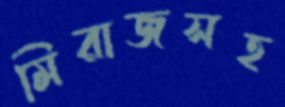
মিরাজসহ